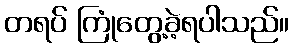
တရပ် ကြုံတွေ့ခဲ့ရပါသည်။